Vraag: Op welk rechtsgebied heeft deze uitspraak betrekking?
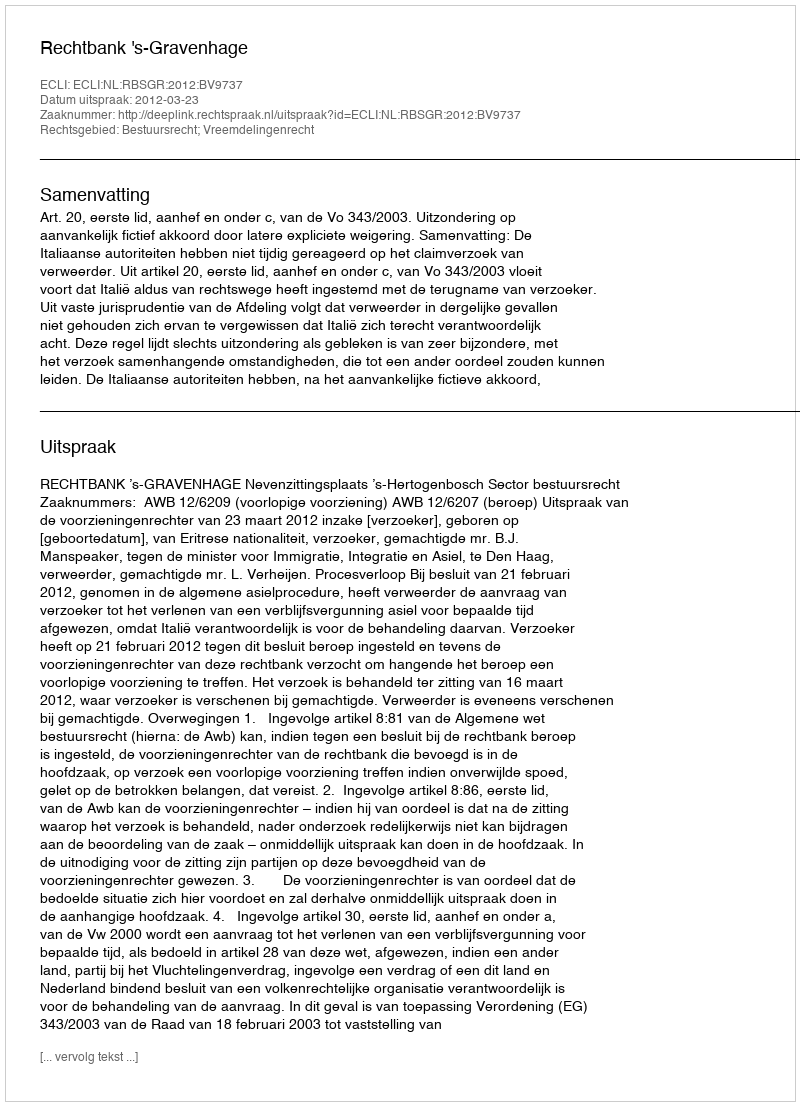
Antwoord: Bestuursrecht; Vreemdelingenrecht